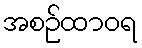
အစဉ်ထာဝရ